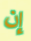
إن